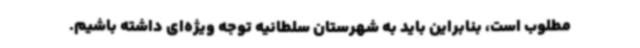
مطلوب است، بنابراین باید به شهرستان سلطانیه توجه ویژه‌ای داشته باشیم.